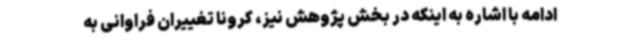
ادامه با اشاره به اینکه در بخش پژوهش نیز، کرونا تغییران فراوانی به